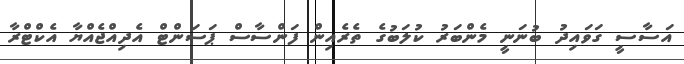
އަސާސީ ގަވައިދު ބުނަނީ މެންބަރު ކުލަބުގެ ތެރެއިން ފަންސާސް ޕަސަންޓް އެދިއްޖެއްޔާ އެކްޓްރާ